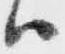
ハ